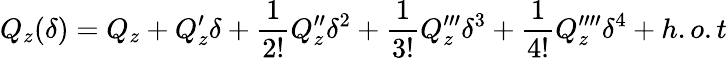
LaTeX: Q_{z}(\delta)=Q_{z}+Q_{z}^{\prime}\delta+\frac{1}{2!}Q_{z}^{\prime\prime}\delta^{2}+\frac{1}{3!}Q_{z}^{\prime\prime\prime}\delta^{3}+\frac{1}{4!}Q_{z}^{\prime\prime\prime\prime}\delta^{4}+h.o.t